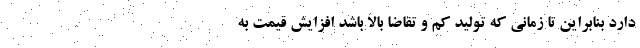
دارد بنابراین تا زمانی که تولید کم و تقاضا بالا باشد افزایش قیمت به